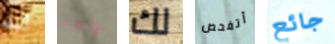
أنت واحد لك أتفحص جائع